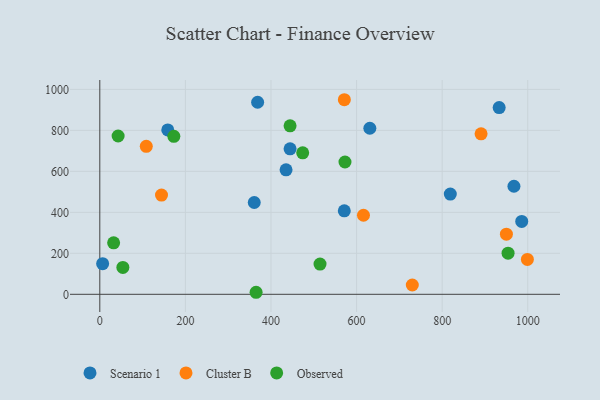
{"axis": {"x": "Experience", "y": "Exam Score"}, "legend": ["Cluster B", "Observed", "Scenario 1"], "data": [{"x": "444.6", "y": 710.1, "type": "Scenario 1"}, {"x": "985.9", "y": 355.8, "type": "Scenario 1"}, {"x": "360.9", "y": 448.0, "type": "Scenario 1"}, {"x": "158.8", "y": 802.1, "type": "Scenario 1"}, {"x": "6.6", "y": 149.4, "type": "Scenario 1"}, {"x": "933.2", "y": 911.4, "type": "Scenario 1"}, {"x": "819.0", "y": 489.1, "type": "Scenario 1"}, {"x": "571.3", "y": 407.6, "type": "Scenario 1"}, {"x": "368.8", "y": 937.3, "type": "Scenario 1"}, {"x": "435.2", "y": 607.5, "type": "Scenario 1"}, {"x": "967.7", "y": 527.3, "type": "Scenario 1"}, {"x": "631.0", "y": 810.3, "type": "Scenario 1"}, {"x": "108.6", "y": 721.9, "type": "Cluster B"}, {"x": "999.1", "y": 170.3, "type": "Cluster B"}, {"x": "730.2", "y": 45.5, "type": "Cluster B"}, {"x": "571.4", "y": 949.5, "type": "Cluster B"}, {"x": "950.1", "y": 293.3, "type": "Cluster B"}, {"x": "616.1", "y": 385.8, "type": "Cluster B"}, {"x": "890.9", "y": 783.2, "type": "Cluster B"}, {"x": "144.2", "y": 484.3, "type": "Cluster B"}, {"x": "954.0", "y": 200.6, "type": "Observed"}, {"x": "444.6", "y": 822.3, "type": "Observed"}, {"x": "53.9", "y": 131.2, "type": "Observed"}, {"x": "32.3", "y": 251.3, "type": "Observed"}, {"x": "42.8", "y": 772.5, "type": "Observed"}, {"x": "474.1", "y": 690.6, "type": "Observed"}, {"x": "514.6", "y": 147.7, "type": "Observed"}, {"x": "173.0", "y": 770.8, "type": "Observed"}, {"x": "572.9", "y": 645.6, "type": "Observed"}, {"x": "365.2", "y": 9.9, "type": "Observed"}]}